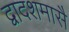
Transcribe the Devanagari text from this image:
द्वादशमासै